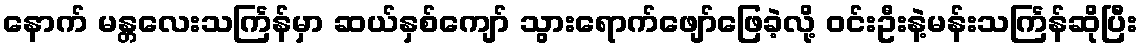
နောက် မန္တလေးသင်္ကြန်မှာ ဆယ်နှစ်ကျော် သွားရောက်ဖျော်ဖြေခဲ့လို့ ဝင်းဦးနဲ့မန်းသင်္ကြန်ဆိုပြီး